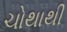
ચોથાથી